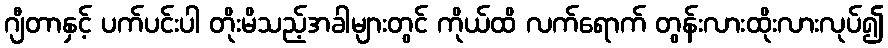
ဂျီတာနှင့် ပက်ပင်းပါ တိုးမိသည့်အခါများတွင် ကိုယ်ထိ လက်ရောက် တွန်းလားထိုးလားလုပ်၍